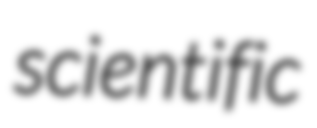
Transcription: scientific